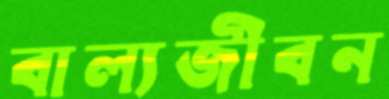
বাল্যজীবন